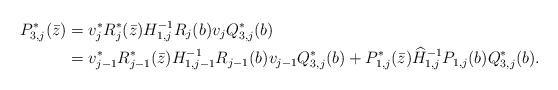
\begin{align*} P_{3,j}^*(\bar z) &= v_j^*R_j^*(\bar z)H_{1,j}^{-1}R_j(b)v_jQ_{3,j}^*(b) \\ &= v_{j-1}^*R_{j-1}^*(\bar z)H_{1,j-1}^{-1}R_{j-1}(b)v_{j-1}Q_{3,j}^*(b)+P_{1,j}^*(\bar z)\widehat H_{1,j}^{-1}P_{1,j}(b)Q_{3,j}^*(b). \end{align*}